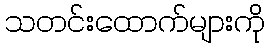
သတင်းထောက်များကို